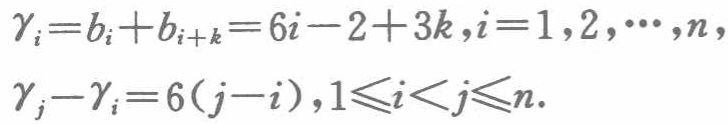
\(\gamma_{i}=b_{i}+b_{i + k}=6i - 2+3k,i = 1,2,\cdots,n\)，

\(\gamma_{j}-\gamma_{i}=6(j - i),1\leqslant i<j\leqslant n\)。